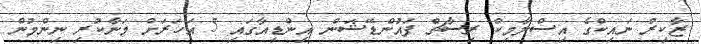
ޒާކިރް ނައިކްގެ އިސްލާމިކް ރިސާޗް ފައުންޑޭޝަން އިންޑިއާގައި 5 އަހަރަށް މަނާކުރި ނިންމުން